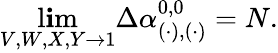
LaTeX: \operatorname*{l\mathbf{i}m}_{V,W,X,Y\rightarrow1}\Delta\alpha_{(\cdot),(\cdot)}^{0,0}=N.